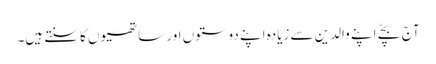
آج بچّے اپنے والدین سے زیادہ اپنے دوستوں اور ساتھیوں کا سنتے ہیں۔